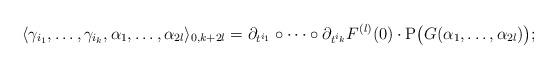
LaTeX: \begin{align*} \langle \gamma_{i_1},\dots,\gamma_{i_k}, \alpha_1,\dots,\alpha_{2l}\rangle_{0,k+2l}=\partial_{t^{i_1}}\circ\dots\circ\partial_{t^{i_k}}F^{(l)}(0)\cdot \mathrm{P}\big(G(\alpha_1,\dots,\alpha_{2l})\big); \end{align*}